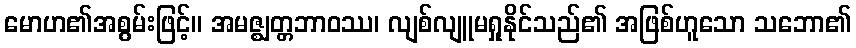
မောဟ၏အစွမ်းဖြင့်။ အမဇ္ဈတ္တဘာဝဿ၊ လျစ်လျူမရှုနိုင်သည်၏ အဖြစ်ဟူသော သဘော၏